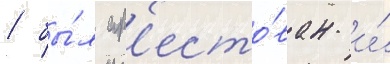
/ бы́л ар'есто́ван и́